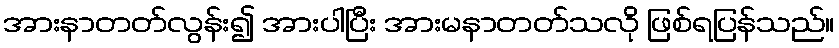
အားနာတတ်လွန်း၍ အားပါပြီး အားမနာတတ်သလို ဖြစ်ရပြန်သည်။